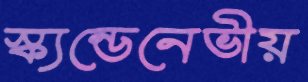
স্ক্যন্ডেনেভীয়